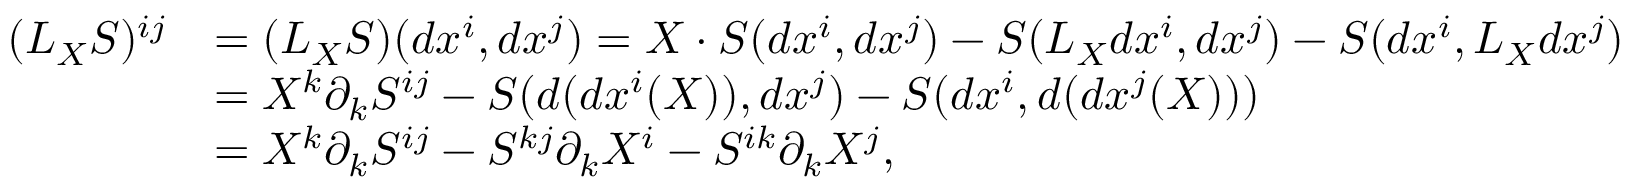
\begin{array} { r l } { ( L _ { X } S ) ^ { i j } } & { = ( L _ { X } S ) ( d x ^ { i } , d x ^ { j } ) = X \cdot S ( d x ^ { i } , d x ^ { j } ) - S ( L _ { X } d x ^ { i } , d x ^ { j } ) - S ( d x ^ { i } , L _ { X } d x ^ { j } ) } \\ & { = X ^ { k } \partial _ { k } S ^ { i j } - S ( d ( d x ^ { i } ( X ) ) , d x ^ { j } ) - S ( d x ^ { i } , d ( d x ^ { j } ( X ) ) ) } \\ & { = X ^ { k } \partial _ { k } S ^ { i j } - S ^ { k j } \partial _ { k } X ^ { i } - S ^ { i k } \partial _ { k } X ^ { j } , } \end{array}